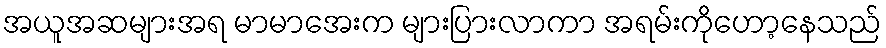
အယူအဆများအရ မာမာအေးက များပြားလာကာ အရမ်းကိုဟော့နေသည်